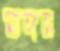
মাঙ্গন